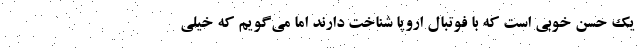
یک حسن خوبی است که با فوتبال اروپا شناخت دارند اما می‌گویم که خیلی